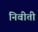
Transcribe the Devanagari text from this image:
निवीती